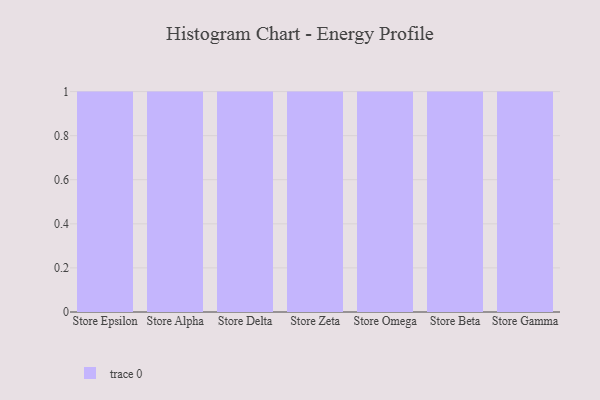
{"axis": {"x": "Store", "y": "Satisfaction Score"}, "legend": [""], "data": [{"x": "Store Epsilon", "y": 98, "type": ""}, {"x": "Store Alpha", "y": 35, "type": ""}, {"x": "Store Delta", "y": 40, "type": ""}, {"x": "Store Zeta", "y": 24, "type": ""}, {"x": "Store Omega", "y": 1, "type": ""}, {"x": "Store Beta", "y": 20, "type": ""}, {"x": "Store Gamma", "y": 57, "type": ""}]}